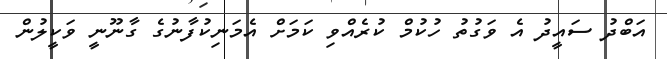
އަބްދު ސައީދު އެ ވަގުތު ހުކުމް ކުރެއްވި ކަމަށް އެމަނިކުފާނުގެ ގާނޫނީ ވަކީލުން